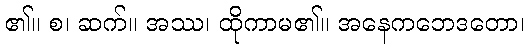
၏။ စ၊ ဆက်။ အဿ၊ ထိုကာမ၏။ အနေကဘေဒတော၊